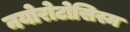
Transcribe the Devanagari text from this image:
नयोरोटोसिस्म